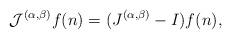
LaTeX: \begin{align*}\mathcal{J}^{(\alpha,\beta)}f(n)=(J^{(\alpha,\beta)}-I)f(n),\end{align*}